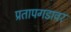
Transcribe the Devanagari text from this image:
प्रतापगडावर